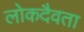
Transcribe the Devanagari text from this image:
लोकदैवता